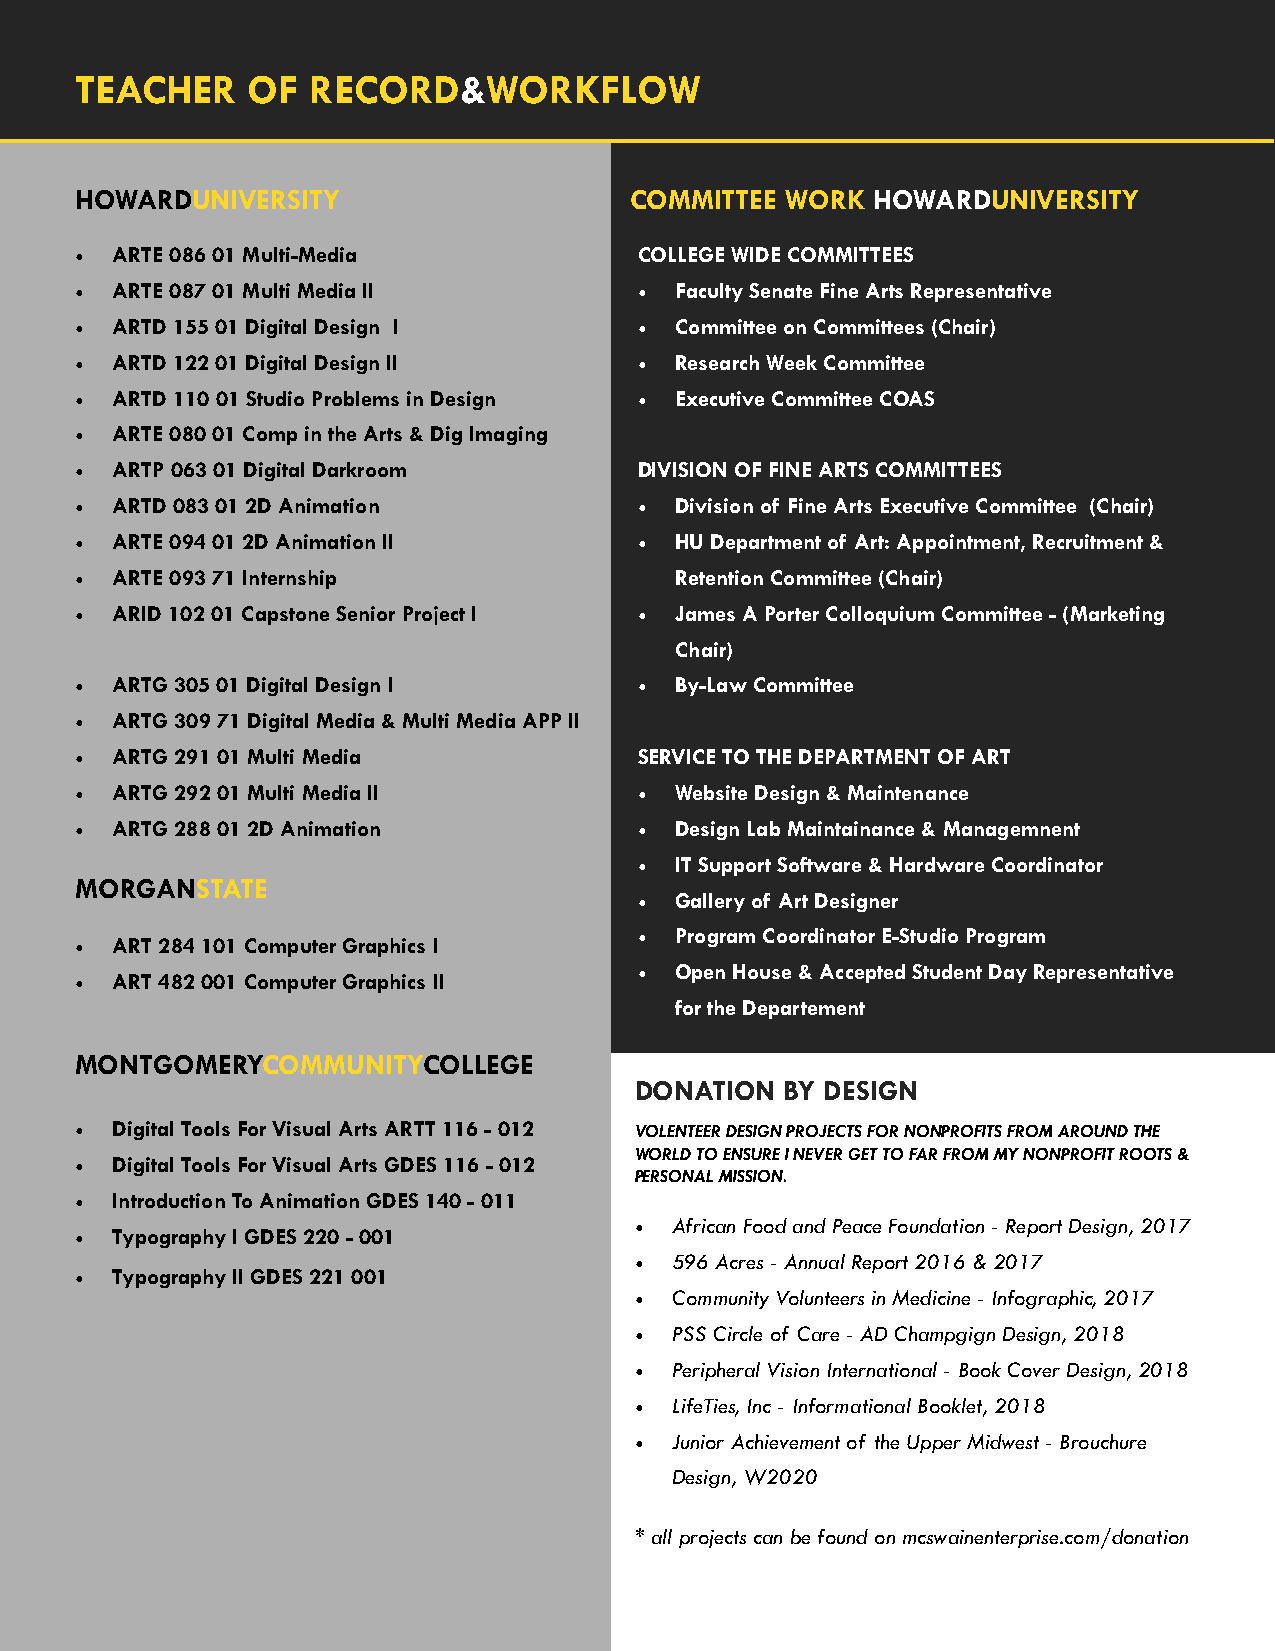
TEACHER    OF  RECORD&WORKFLOW
 HOWARDUNIVERSITY                     COMMITTEE WORK  HOWARDUNIVERSITY
 • ARTE 086 01 Multi-Media            COLLEGE WIDE COMMITTEES
 • ARTE 087 01 Multi Media II         •  Faculty Senate Fine Arts Representative
 • ARTD 155 01 Digital Design I       •  Committee on Committees (Chair)
 • ARTD 122 01 Digital Design II      •  Research Week Committee
 • ARTD 110 01 Studio Problems in Design • Executive Committee COAS
 • ARTE 080 01 Comp in the Arts & Dig Imaging
 • ARTP 063 01 Digital Darkroom       DIVISION OF FINE ARTS COMMITTEES
 • ARTD 083 01 2D Animation           •  Division of Fine Arts Executive Committee (Chair)
 • ARTE 094 01 2D Animation II        •  HU Department of Art: Appointment, Recruitment &
 • ARTE 093 71 Internship                Retention Committee (Chair)
 • ARID 102 01 Capstone Senior Project I • James A Porter Colloquium Committee - (Marketing
 Chair)
 • ARTG 305 01 Digital Design I       •  By-Law Committee
 • ARTG 309 71 Digital Media & Multi Media APP II
 • ARTG 291 01 Multi Media            SERVICE TO THE DEPARTMENT OF ART
 • ARTG 292 01 Multi Media II         •  Website Design & Maintenance
 • ARTG 288 01 2D Animation           •  Design Lab Maintainance & Managemnent
 •  IT Support Software & Hardware Coordinator
 MORGANSTATE
 •  Gallery of Art Designer
 •  Program Coordinator E-Studio Program
 • ART 284 101 Computer Graphics I
 •  Open House & Accepted Student Day Representative
 • ART 482 001 Computer Graphics II
 for the Departement
 MONTGOMERYCOMMUNITYCOLLEGE         7
 DONATION  BY DESIGN
 • Digital Tools For Visual Arts ARTT 116 - 012 VOLENTEER DESIGN PROJECTS FOR NONPROFITS FROM AROUND THE
 WORLD TO ENSURE I NEVER GET TO FAR FROM MY NONPROFIT ROOTS &
 • Digital Tools For Visual Arts GDES 116 - 012
 PERSONAL MISSION.
 • Introduction To Animation GDES 140 - 011
 • African Food and Peace Foundation - Report Design, 2017
 • Typography I GDES 220 - 001
 • 596 Acres - Annual Report 2016 & 2017
 • Typography II GDES 221 001
 • Community Volunteers in Medicine - Infographic, 2017
 • PSS Circle of Care - AD Champgign Design, 2018
 • Peripheral Vision International - Book Cover Design, 2018
 • LifeTies, Inc - Informational Booklet, 2018
 • Junior Achievement of the Upper Midwest - Brouchure
 Design, W2020
 * all projects can be found on mcswainenterprise.com/donation